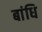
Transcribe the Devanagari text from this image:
बांधि